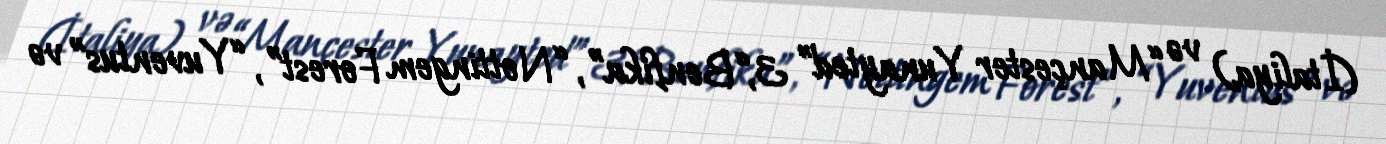
(İtaliya) və “Mançester Yunayted” 3,“Benfika”, “Nottingem Forest”, “Yuventus” və